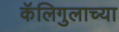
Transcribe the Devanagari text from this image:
कॅलिगुलाच्या